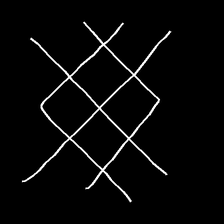
Glyph: crystal